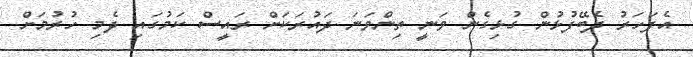
އެފަހަރު ދެބޭފުޅުން ގުޅިގެން ވަނީ ތިންވަނަ ދައުރަކަށް ރައީސް ކަމުގައި ދެމި ހުރުމަށް